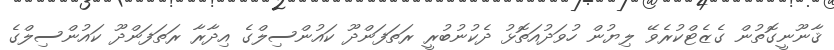
ޤާނޫނީގޮތުން ގެޒެޓްކުރެވޭ ލިޔުން ހުވަދުއަތޮޅު ދެކުނުބުރީ ރަތަފަންދޫ ކައުންސިލްގެ އިދާރާ ރަތަފަންދޫ ކައުންސިލްގެ